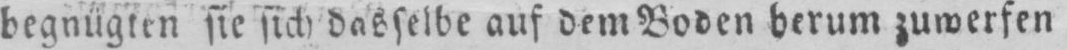
begnügten sie sich dasselbe auf dem Boden herum zuwerfen